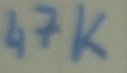
Text: 47K